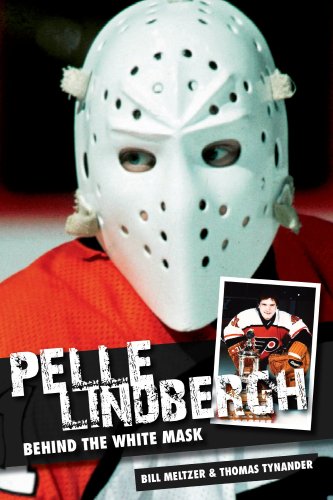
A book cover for Pelle Lindbergh: Behind the White Mask; Thomas Tynander; Biographies & Memoirs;